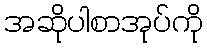
အဆိုပါစာအုပ်ကို